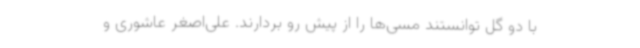
با دو گل توانستند مسی‌ها را از پیش رو بردارند. علی‌اصغر عاشوری و